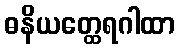
ဓနိယတ္ထေရဂါထာ